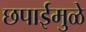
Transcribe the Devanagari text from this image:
छपाईमुळे